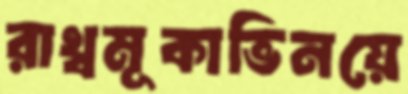
রাখ্বমূকাভিনয়ে